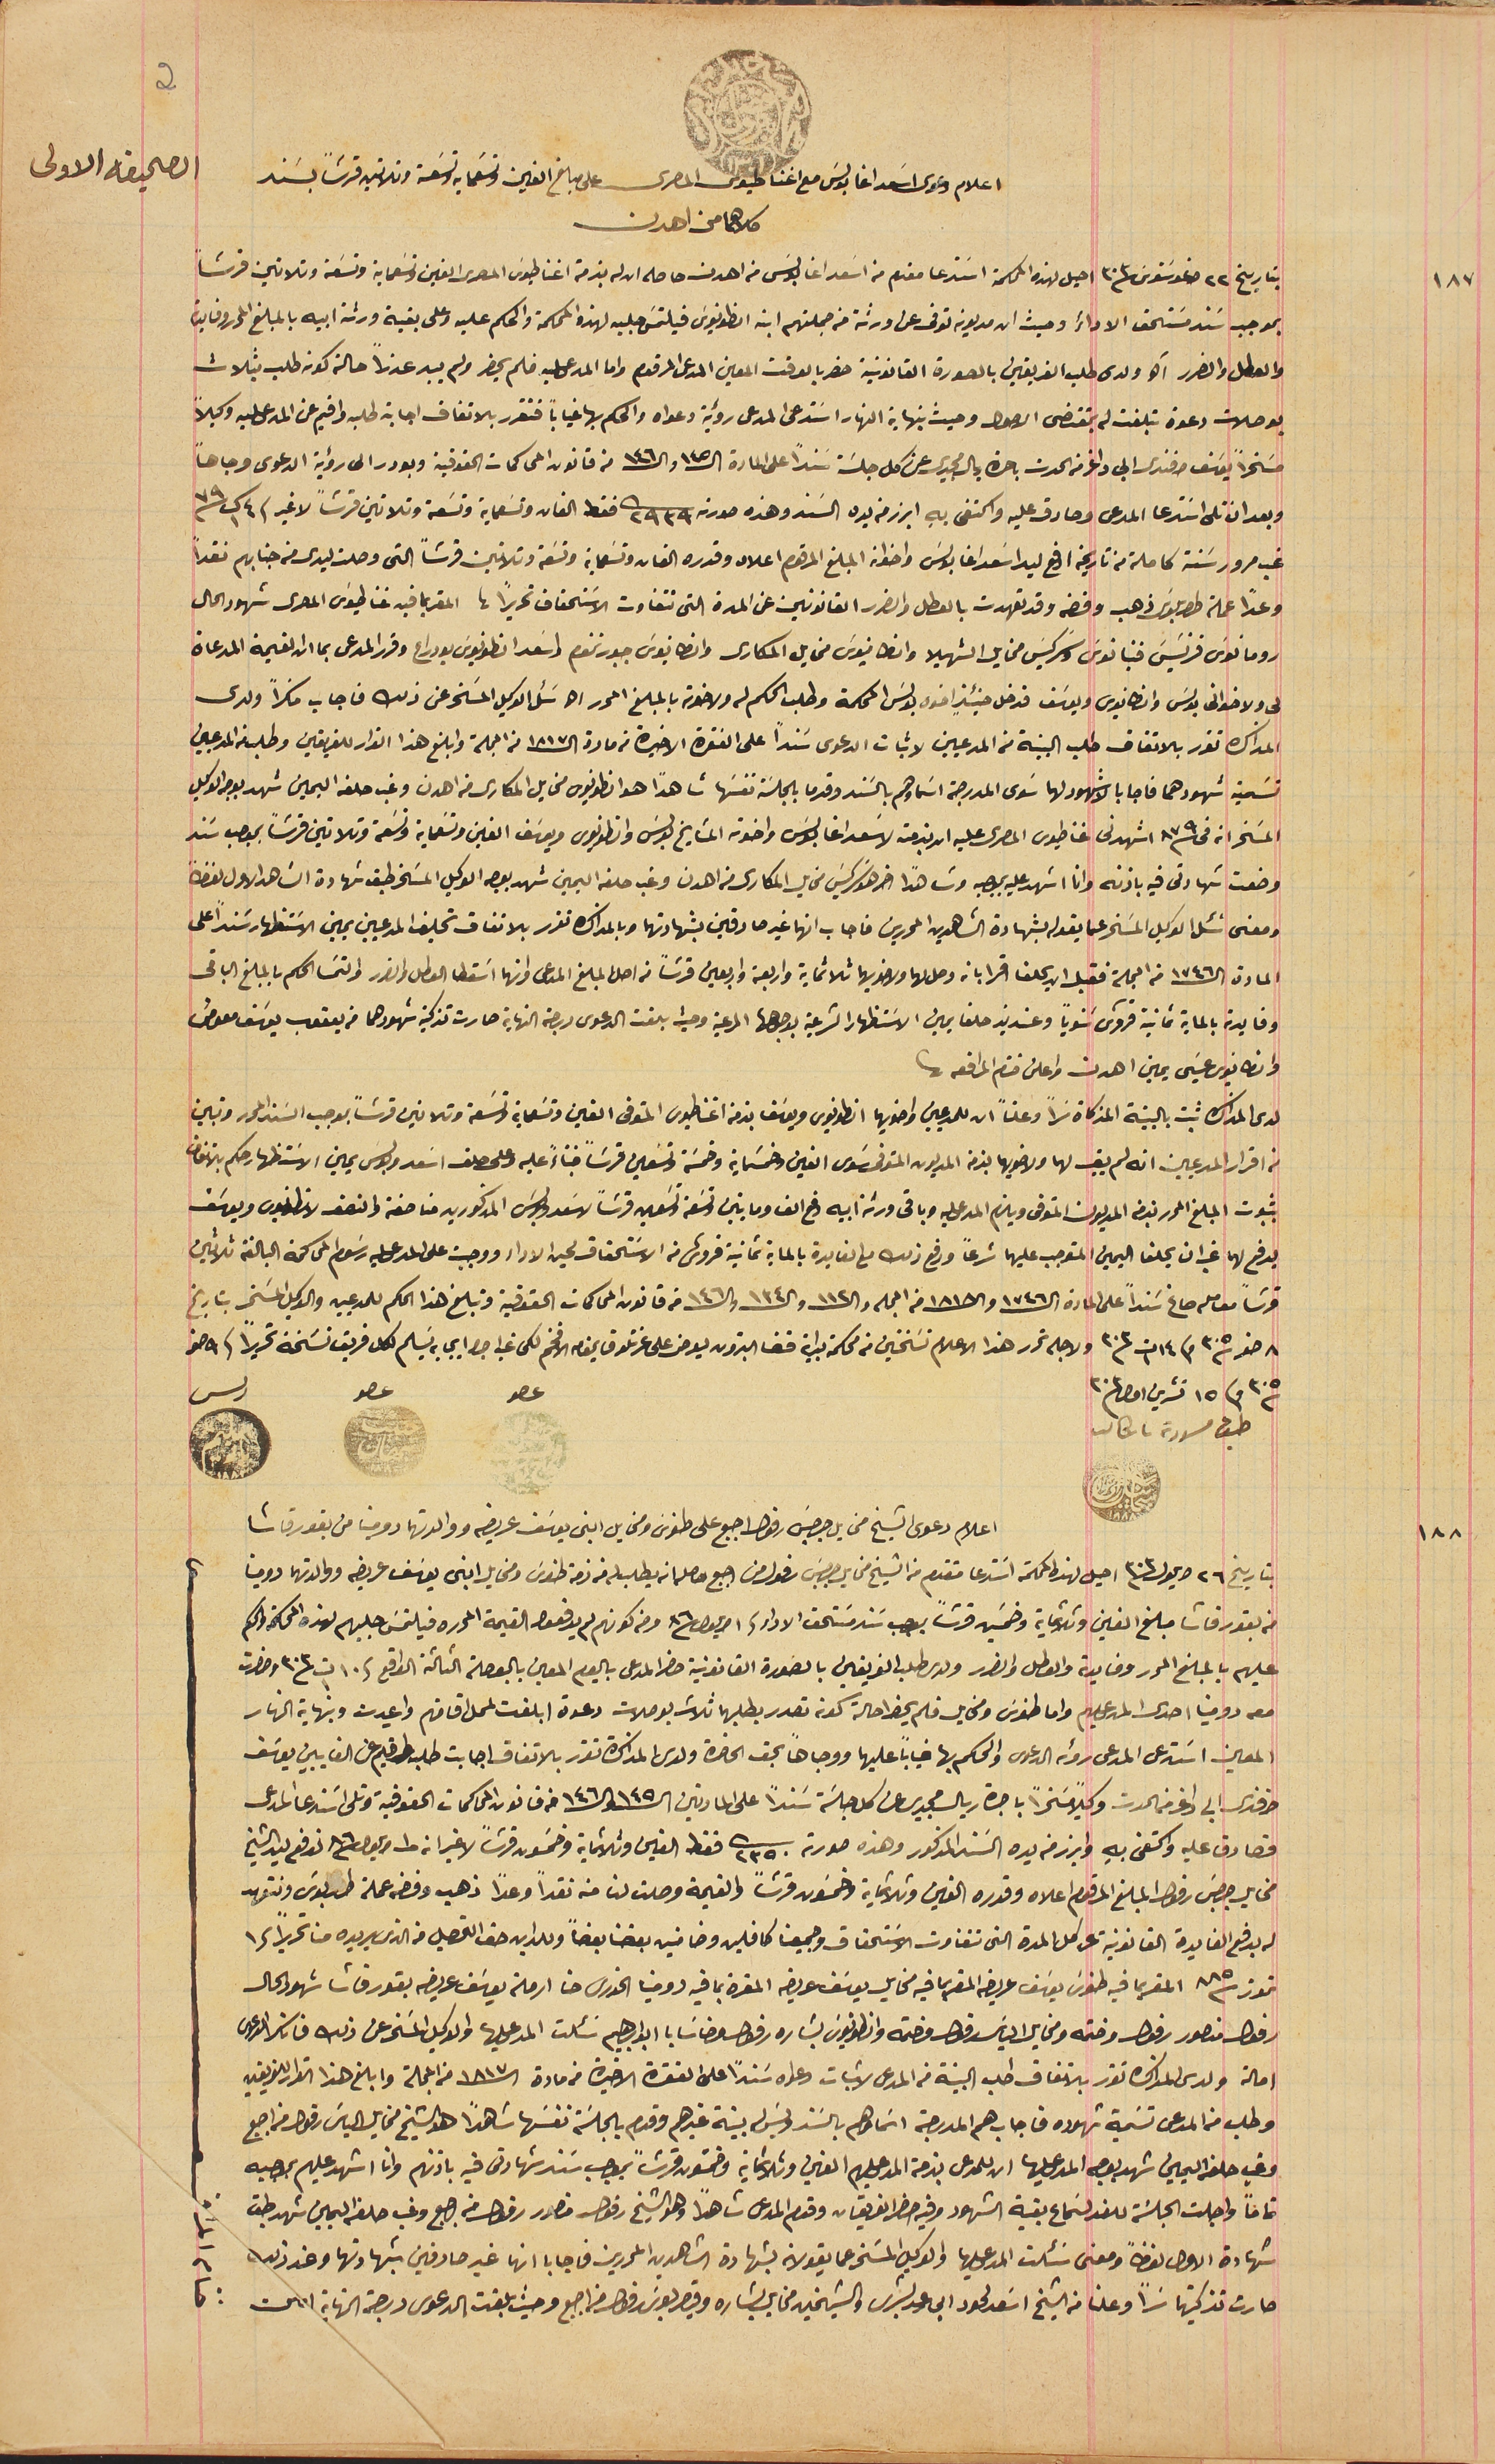
اعلام دعوى اسَعد اغا بولسَ مع اغناطيوس المصرى على مبلغ الفين وتسَعمايه وتسَعة وتلاتين قرشاً بسَند
كلاهما من اهدن
بتاريخ ٢٢ اغوسَتوسَ سنة ٣٠٣ احيل لهذه المحكمة اسَتدعا مقدم من اسَعد اغا بولسَ من اهدن حاصله ان له بذمة اغناطيوسَ المصرى الفين وتسَعماية وتسَعة وتلاتين قرشاً
بموجب سَند مسَتحق الاداءَ وحيث ان مديونه توفى عن ورثة من جملتهم ابنه انطونيوسَ فيلتمسَ جلبه لهذه المحكمة والحكم عليه وعلى بقية ورثة ابيه بالمبلغ المحرر وفايدة
 والعطل والضرر ألخ ولدى طلب الفريقين بالصورة القانونية حضر بالوقت المعين المدعى المرقوم واما المدعى عليه فلم يحضر ولم يبد عذراً حالة كونه طلب بثلاث
بوصلات دعوة تبلغت له بمقتضى الاصول وحيث بنهاية النهار اسَتدعى المدعى رؤية دعواه والحكم بها غياباً فتقرر بالاتفاق اجابة طلبه واقيم عن المدعى عليه وكيلاً
مسخراً يوسَف افندى ابى داغر من الحدت باحرة ريال مجيدى عن كل جلسَة سَنداً على المادة الـ١٤٥ه والـ ١٤٦ من قانون المحاكمات الحقوقية وبودر الى رؤية الدعوى وجاهاً
وبعد ان تلى اسَتدعا المدعى وصادق عليه واكتفى بهِ ابرز من يده السَند وهذه صورته ٢٩٣٩ فقط الفان وتسَعماية وتسَعة وتلاتين قرشاً لا غير فى ٤ ك١ سنة ٧٩
 غب مرور سَنة كاملة من تاريخه ادفع ليد اسَعد اغا بولسَ واخوانه المبلغ المرقوم اعلاه وقدره الفان وتسَعماية وتسَعة وتلاتين قرشاً التى وصلت ليدى من جنابهم نقداً
وعداً عملة طرابلوسَ ذهب وفضه وقد تعهدت بالعطل والضرر القانونين عن المدة التى تتفاوت الاسَتحقاق تحريراً لها  المقر بما فيه غناطيوسَ المصرى شهود الحال
رومانوسَ فرنسَيسَ فنيانوسَ وسَركيسَ مخايل الشهيلا وانطانيوسَ مخايل المكارى وانطانيوسَ جبور تحوم واسَعد انطونيوسَ بو دراع وقرر المدعى بما ان القيمة المدعاة
لى ولاخواتى بولسَ وانطانيوس ويوسَف فدخل حينئذٍ اخوه بولسَ المحكمة وطلب الحكم له ولاخوته بالمبلغ المحرر الخ سَئل الوكيل المسَخر عن ذلك فاجاب منكراً ولدى
المذاكره تقرر بالاتفاق طلب البينة من المدعيين لاثبات الدعوى سَنداً على الفقرة الاخيرة من مادة الـ١٨١٧ من المجلة وابلغ هذا القرار للفريقين وطلب من المدعيين
تسَمية شهودهما فاجابا بالا شهود لهما سَوى المدرجة اسَماوهم بالسَند وقدما بالجلسَة نفسَها شاهداً هو انطونيوس مخايل المكارى من اهدن وغب حلفه اليمين شهد بوجه الوكيل
 المسَخر انه فى سنة ٨٧٩ اشهدنى غناطيوس المصرى عليه ان بذمته لاسَعد اغا بولسَ واخوته المشايخ بولسَ وانطونيوس ويوسَف الفين وتسَعماية وتسعة وتلاتين قرشاً بموجب سَند
وضعت شهادتى فيه باذنه وانا اشهد عليه بموجبه وشاهداً اخر هو سَركيسَ مخايل المكارى من اهدن وغب حلفه اليمين شهدر بوجه الوكيل المسَخر طبق شهادة الشاهد الاول لفظاً
ومعنى سَئل الوكيل المسَخر عما يقوله بشهادة الشاهدين المحررين فاجاب انهما غير صادقين بشهادتهما وبالمذاكره تقرر بالاتفاق تحليف المدعيين يمين الاسَتظهار سَنداً على
المادة الـ ١٧٤٦ من المجلة فقبل ان يحلف اقرا بان وصل لهما ولاخويها ثلاثماية واربعة واربعين قرشاً من اصل المبلغ المدعى وانهما اسَقطا العطل والضرر والتمسَا الحكم بالمبلغ الباقى
وفايدته بالماية ثمانية قروش سَنوياً وعنديذ حلفا يمين الاسَتظهار الشرعية بوجوهها المرعية وحيث بلغت الدعوى درجة النهاية صارت تذكية شهودهما من يعقوب يوسَف معوض
وانطانيوس عيسَى يمين اهدن واعلن ختم المرافعه.
لدى المذاكره ثبت بالبينة المذكاة سَراً وعلناً ان للممدعيين واخويهما انطونيوس ويوسَف بذمة اغناطيوس المتوفى الفين وتسَعماية وتسَعة وتلاتين قرشاً بموجب السَند المحرر وتبين
من اقرار المدعيين انه لم يبق لهما ولاخويهما بذمة المديون المتوفى سَوى الفين وخمسَماية وخمسَة وتسَعين قرشاً فبناءً عليه وعلى حلف اسَعد وبولسَ يمين الاسَتظهار حكم بالاتفاق
 بثبوت المبلغ المحرر بذمة المديون المتوفى ويلزم المدعى عليه وباقى ورثة ابيه دفع الف ومايتين وتسَعة وتسَعين قرشاً لاسَعد وبولسَ المذكورين مناصفة والنصف لانطنيوس ويوسَف
قرشاً معامله صاغ سَنداً على المادة الـ ١٧٤٦ والـ ١٨١٨ من المجله وال١١٢ والـ١٣٤والـ١٤٦ من قانون المحاكمات الحقوقية وتبلغ هذا الحكم للمدعيين والوكيل المسَخر بتاريخ
٨ صفر سنة ٣٠٥ وفى ١٤ ت١ سنة ٣٠٣ ولاجله تحرر هذا الاعلام نسَختين من محكمة بداية قضا البترون يعرض على عزتلو قايمقام الافخم لكى غب اجرا ايجابه تسليم لكل فريق نسَخة تحريراً فى ٩ صفر
سنة ٣٠٥ وفى ١٥ تشرين اول سنة ٣٠٣
طبق مسودة باشكاتب
اعلام دعوى الشيخ مخايل جرجسَ رفول اجبع على طنوسَ ومخايل ابني يوسَف عريضه ووالدتهما دومينا من بقورقاشا
 بتاريخ ٢٦ ايلول سنة ٣٠٣ احيل لهذه المحكمة اسَتدعا متقدم من الشيخ مخايل جرجسَ رفول من اجبع حصل انه يطلب له من ذمة طنوسَ ومخايل ابنى يوسَف عريضه ووالدتهما دومينا
من بقورقاشا مبلغ الفين وثلاثماية وخمسَين قرشاً بموجب سَند مسَتحق الاداء فى ١ ايلول سنة ٨٦ ومنه كونهم لم يدفعوا القيمة المحرره فيلتمسَ جلبهم لهذه المحكمة والحكم
عليهم بالمبلغ المحرر وفايدة والعطل والضرر ولدى طلب الفريقين بالصورة القانونية حضرا المدعى باليوم المعين بالبوصلة التالتة الواقع فى ١٠ سنة ٣٠٣ وحضرت
 المعين اسَتدعى المدعى رؤيه الدعوى والحكم بها غياباً عليهما ووجاهاً بحق الحاضرة ولدى المذاكرة تقرر بالاتفاق اجابت طلبه واقيم من الغايبين يوسَف
افندى ابى داغر من الحدت وكيلاً مسَخراً باجرة ريال مجيدى عن كل جلسَة سَنداً على المادتين الـ ١٤٥و الـ ١٤٦ من قانون المحاكمات الحقوقية وتلى أسَتدعا المدعى
مخايل جرجسَ رفول المبلغ المرقوم اعلاه وقدره الفين وثلاثماية وخمسَون قرشاً والقيمة وصلت لنا منه نقداً وعداً ذهب وفضه عملة طرابلوسَ ونتعهد
له بدفع الفايدة القانونية على كل المدة التى تتفاوت الاسَتحقاق وجميعنا كافلين وضامنين بعضنا بعضاً وللداين حق التحصيل من الذى يريده منا تحريراً فى ١
تموز سنة ٨٨٥ المقر بما فيه طنوسَ يوسفَ عريضه المقر بما فيه مخايل يوسَف عريضه المقرة بما فيه دومينا الخورى حنا ارملة يوسَف عريضه بقورقاشا شهود الحال
رفول منصور رفول وختمه ومخايل الياسَ رفول وختمه وانطونيوسَ بشاره رفول وحنا سَابا ابو ابرهيم سَئلت المدعى عليها والوكيل المسَخر عن ذلك فانكرا الدعوى
وطلب من المدعى تسَمية شهوده فاجاب هم المدرجة اسَماوهم بالسَند وليسَ بينة غيرهم وقدم بالجلسَة نفسَها شاهداً هو الشيخ مخايل الياسَ رفول من اجبع
وفي حلفه اليمين شهد بوجه المدعى عليها ان للمدعى بذمة المدعى عليهم الفين وثلاثماية وخمسَون قرشاً بموجب سَند شهادتى فيه باذنهم وانا اشهد عليهم بموجبه
تماماً واجلت الجلسَة للغد لسَماع بقية الشهود وفيه حضر الفريقان وقدم المدعى شاهداً وهو الشيخ رفول منصور رفول من اجبج وفي حلفه اليمين شهد طبق
شهادة الاول لفظاً ومعنى سَئلت المدعى عليها والوكيل المسَخر عما يقولانه بشهادة الشاهدين المحررين فاجابا انها غير صادقين شهادتها وعند ذلك
صارت تذكيتها سَراً وعلنا من الشيخ اسَعد لحود ابى رعد بشرى والشيخين مخايل بشاره وقيصر بولسَ رفول من اجبع وحيث بلغت الدعوى درجة النهاية
ختام المرافعه
يدفع لهما ان غب ان يحلفا اليمين المتوجب عليهما شرعاً ودفع ذلك مع الفايدة بالماية ثمانية قروش من الاسَتحقاق لحين الاداء ووجبت على المدعى عليه رسَوم المحاكمة البالغة ثلاثين
احالة ولدى المذاكره تقرر بالاتفاق طلب البينة من المدعى لاثبات دعواه سَنداً على الفقرة الاخيرة من مادة الـ١٨١٧ من المجلة وابلغ هذا القرار للفريقين
معه دومينا احدى المدعى عليهم واما طنوسَ ومخايل فلم يحضرا حالة كونه تصدر بطلبهما ثلاث بوصلات دعوة ابلغت لمحل اقامتهم واعيدت وبنهاية النهار
فصادق عليه واكتفى بهِ وابرز من يده السَند المذكور وهذه صورته ٢٣٥٠ فقط الفين وثلاثماية وخمسَون قرشاً لا غير انه فى ١ ايلول سنة ٨٦ تدفع ليد الشيخ
2
١٨٧
١٨٨
الصحيفه الاولى
محكمة بدايت قضاء بترون ١٣٠١
عضو حسين العلم الحاج يوسف
عضو حبيب نبهان ١٨٨٠
رىس سليم باز ١٨٨٣